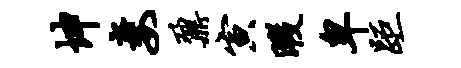
坤妻鼐寅暇卑距